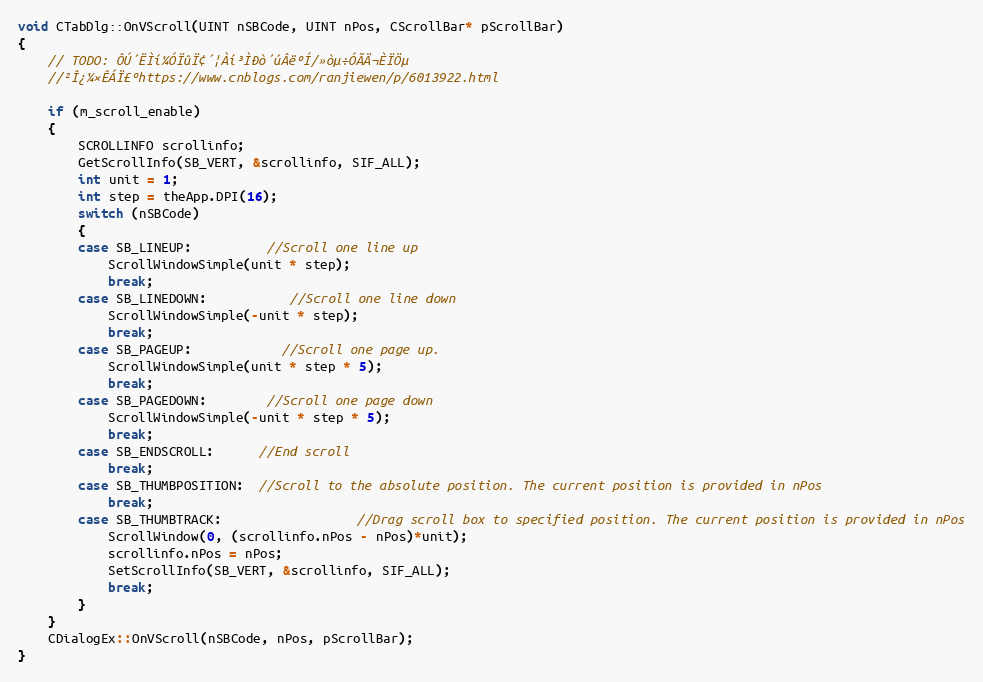
Language: C++
void CTabDlg::OnVScroll(UINT nSBCode, UINT nPos, CScrollBar* pScrollBar)
{
	// TODO: ÔÚ´ËÌí¼ÓÏûÏ¢´¦Àí³ÌÐò´úÂëºÍ/»òµ÷ÓÃÄ¬ÈÏÖµ
	//²Î¿¼×ÊÁÏ£ºhttps://www.cnblogs.com/ranjiewen/p/6013922.html

	if (m_scroll_enable)
	{
		SCROLLINFO scrollinfo;
		GetScrollInfo(SB_VERT, &scrollinfo, SIF_ALL);
		int unit = 1;
		int step = theApp.DPI(16);
		switch (nSBCode)
		{
		case SB_LINEUP:          //Scroll one line up
			ScrollWindowSimple(unit * step);
			break;
		case SB_LINEDOWN:           //Scroll one line down
			ScrollWindowSimple(-unit * step);
			break;
		case SB_PAGEUP:            //Scroll one page up.
			ScrollWindowSimple(unit * step * 5);
			break;
		case SB_PAGEDOWN:        //Scroll one page down
			ScrollWindowSimple(-unit * step * 5);
			break;
		case SB_ENDSCROLL:      //End scroll
			break;
		case SB_THUMBPOSITION:  //Scroll to the absolute position. The current position is provided in nPos
			break;
		case SB_THUMBTRACK:                  //Drag scroll box to specified position. The current position is provided in nPos
			ScrollWindow(0, (scrollinfo.nPos - nPos)*unit);
			scrollinfo.nPos = nPos;
			SetScrollInfo(SB_VERT, &scrollinfo, SIF_ALL);
			break;
		}
	}
	CDialogEx::OnVScroll(nSBCode, nPos, pScrollBar);
}